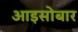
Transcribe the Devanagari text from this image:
आइसोबार